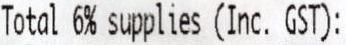
TOTAL 6% SUPPLIES (INC. GST):